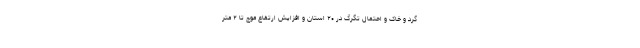
گرد و خاک و احتمال تگرگ در ۲۰ استان و افزایش ارتفاع موج تا ۲ متر